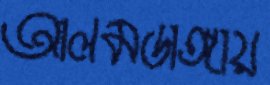
আলমডাঙ্গায়